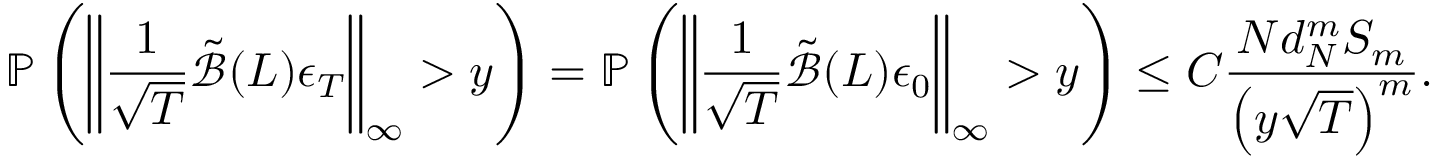
\mathbb { P } \left( \left\lVert \frac { 1 } { \sqrt { T } } \tilde { \mathcal { B } } ( L ) \boldsymbol { \epsilon } _ { T } \right\rVert _ { \infty } > y \right) = \mathbb { P } \left( \left\lVert \frac { 1 } { \sqrt { T } } \tilde { \mathcal { B } } ( L ) \boldsymbol { \epsilon } _ { 0 } \right\rVert _ { \infty } > y \right) \leq C \frac { N d _ { N } ^ { m } S _ { m } } { \left( y \sqrt { T } \right) ^ { m } } .